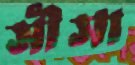
সীসা